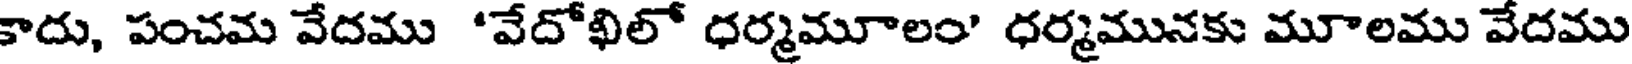
కాదు, పంచమ వేదము 'వేదోఖిలో ధర్మమూలం' ధర్మమునకు మూలము వేదము